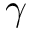
\ensuremath { \gamma }